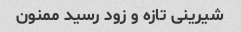
شیرینی تازه و زود رسید ممنون